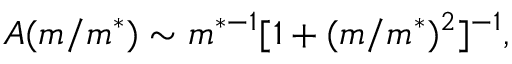
A ( m / m ^ { * } ) \sim m ^ { * - 1 } [ 1 + ( m / m ^ { * } ) ^ { 2 } ] ^ { - 1 } ,